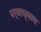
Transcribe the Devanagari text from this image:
पर्वाध्याय